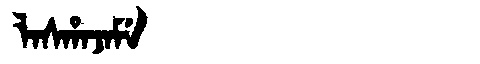
Manchu: ᠯᠠᠰᡥᠠᠵᠠᠮᡝ
Romanization: LASHAJAME